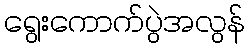
ရွေးကောက်ပွဲအလွန်